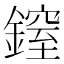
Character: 𨫐